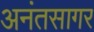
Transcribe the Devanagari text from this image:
अनंतसागर